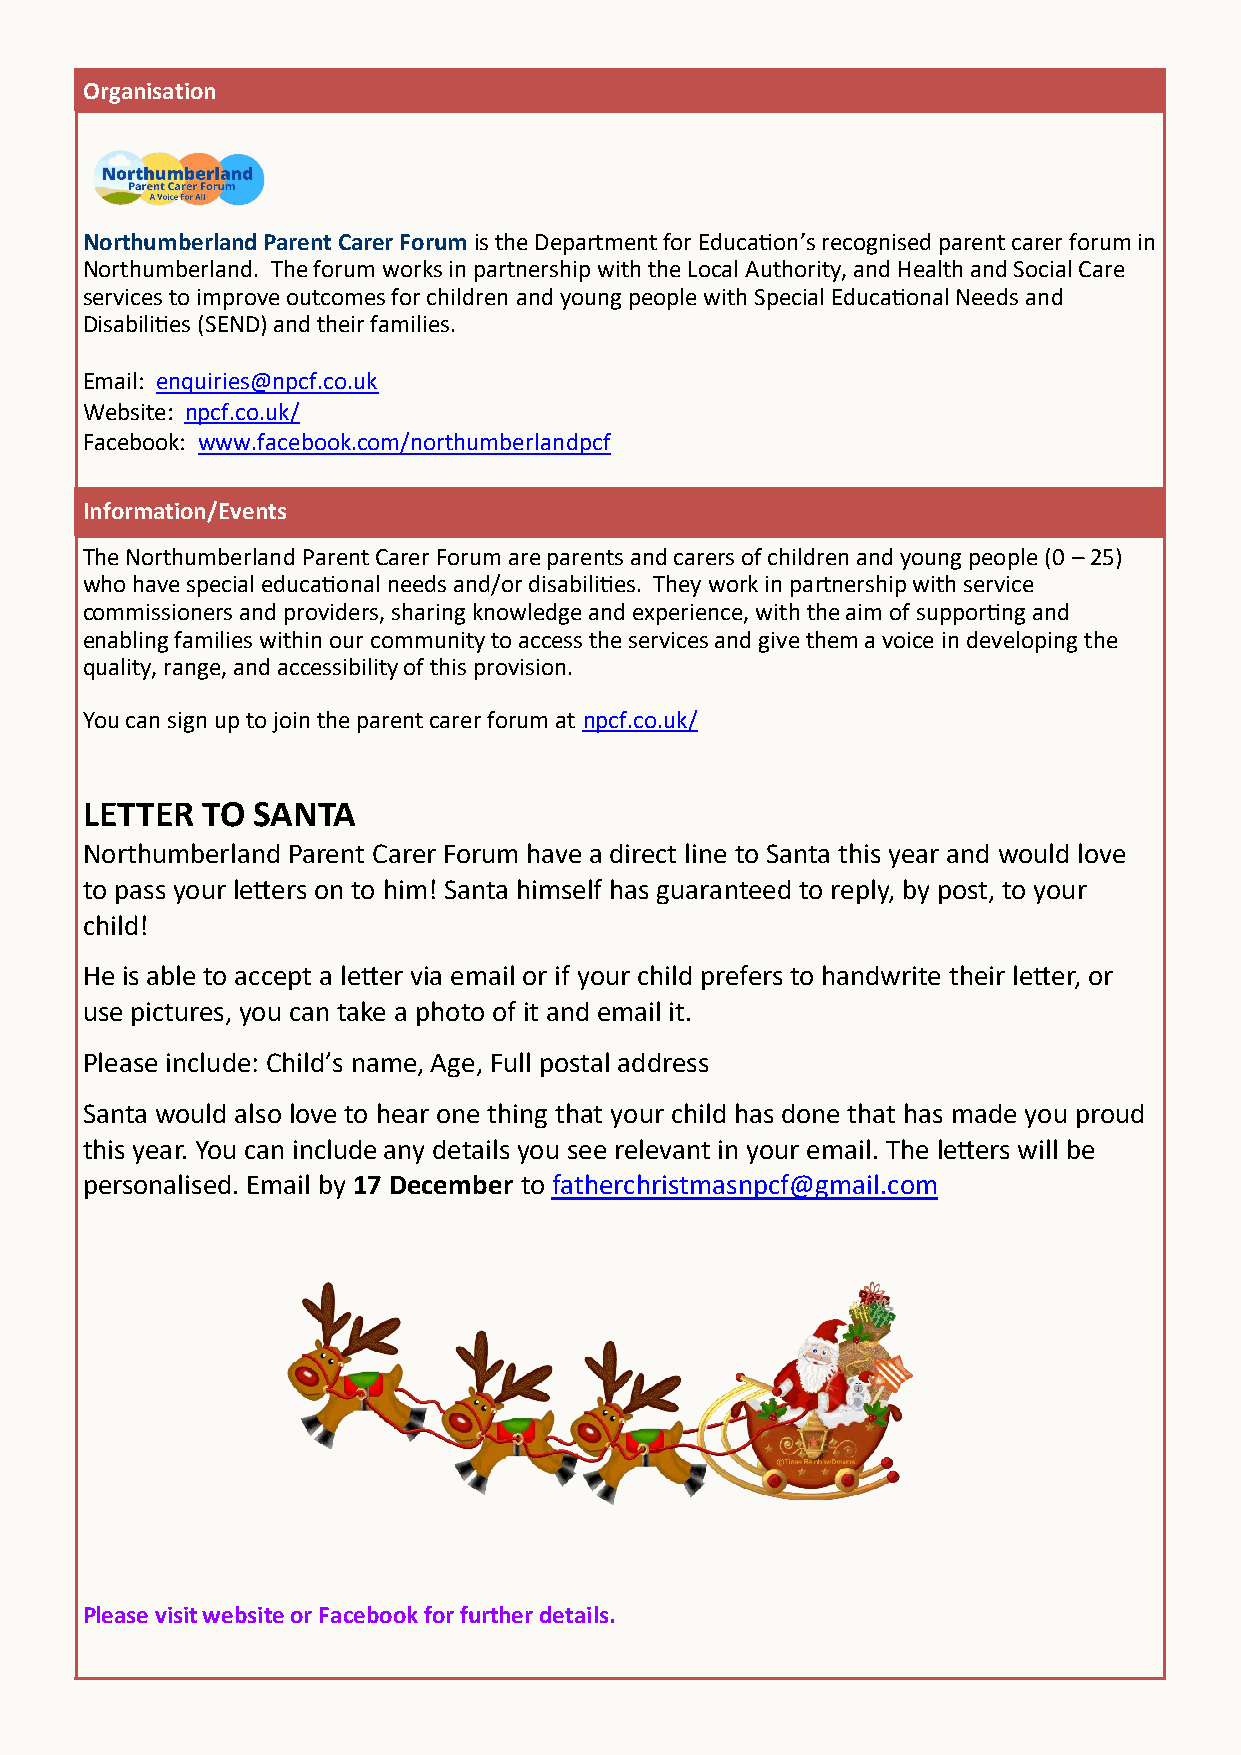
Organisation
 Northumberland Parent Carer Forum is the Department for Education’s recognised parent carer forum in
 Northumberland. The forum works in partnership with the Local Authority, and Health and Social Care
 services to improve outcomes for children and young people with Special Educational Needs and
 Disabilities (SEND) and their families.
 Email: enquiries@npcf.co.uk
 Website: npcf.co.uk/
 Facebook: www.facebook.com/northumberlandpcf
 Information/Events
 The Northumberland Parent Carer Forum are parents and carers of children and young people (0 – 25)
 who have special educational needs and/or disabilities. They work in partnership with service
 commissioners and providers, sharing knowledge and experience, with the aim of supporting and
 enabling families within our community to access the services and give them a voice in developing the
 quality, range, and accessibility of this provision.
 You can sign up to join the parent carer forum at npcf.co.uk/
 LETTER  TO  SANTA
 Northumberland Parent Carer Forum have a direct line to Santa this year and would love
 to pass your letters on to him! Santa himself has guaranteed to reply, by post, to your
 child!
 He is able to accept a letter via email or if your child prefers to handwrite their letter, or
 use pictures, you can take a photo of it and email it.
 Please include: Child’s name, Age, Full postal address
 Santa would also love to hear one thing that your child has done that has made you proud
 this year. You can include any details you see relevant in your email. The letters will be
 personalised. Email by 17 December to fatherchristmasnpcf@gmail.com
 Please visit website or Facebook for further details.